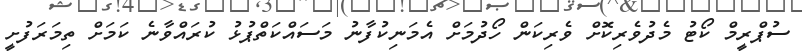
ސުޕްރީމް ކޯޓު މެދުވެރިކޮށް ވެރިކަން ހޯދުމަށް އެމަނިކުފާނު މަސައްކަތްޕުޅު ކުރައްވާނެ ކަމަށް ތިމަރަފުށީ